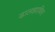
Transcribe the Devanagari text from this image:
ढालझाकित